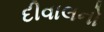
દીવાલનો